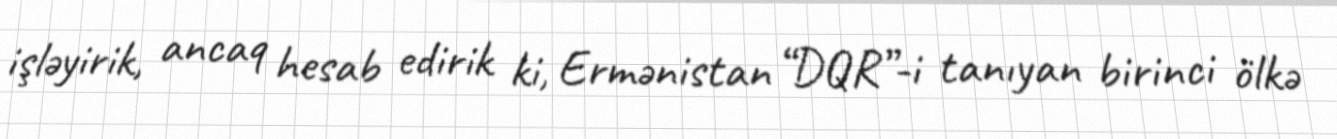
işləyirik, ancaq hesab edirik ki, Ermənistan “DQR”-i tanıyan birinci ölkə